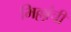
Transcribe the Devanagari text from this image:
भिल्लांची